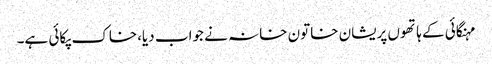
مہنگائی کے ہاتھوں پریشان خاتون خانہ نے جواب دیا،خاک پکائی ہے۔